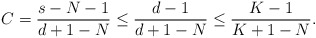
\begin{align*}C=\frac{s-N-1}{d+1-N} \le \frac{d-1}{d+1-N} \le \frac{K-1}{K+1-N}.\end{align*}